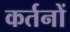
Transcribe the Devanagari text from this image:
कर्तनों